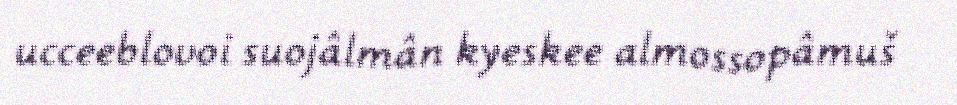
ucceeblovoi suojâlmân kyeskee almossopâmuš